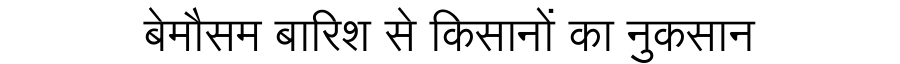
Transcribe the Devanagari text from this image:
बेमौसम बारिश से किसानों का नुकसान